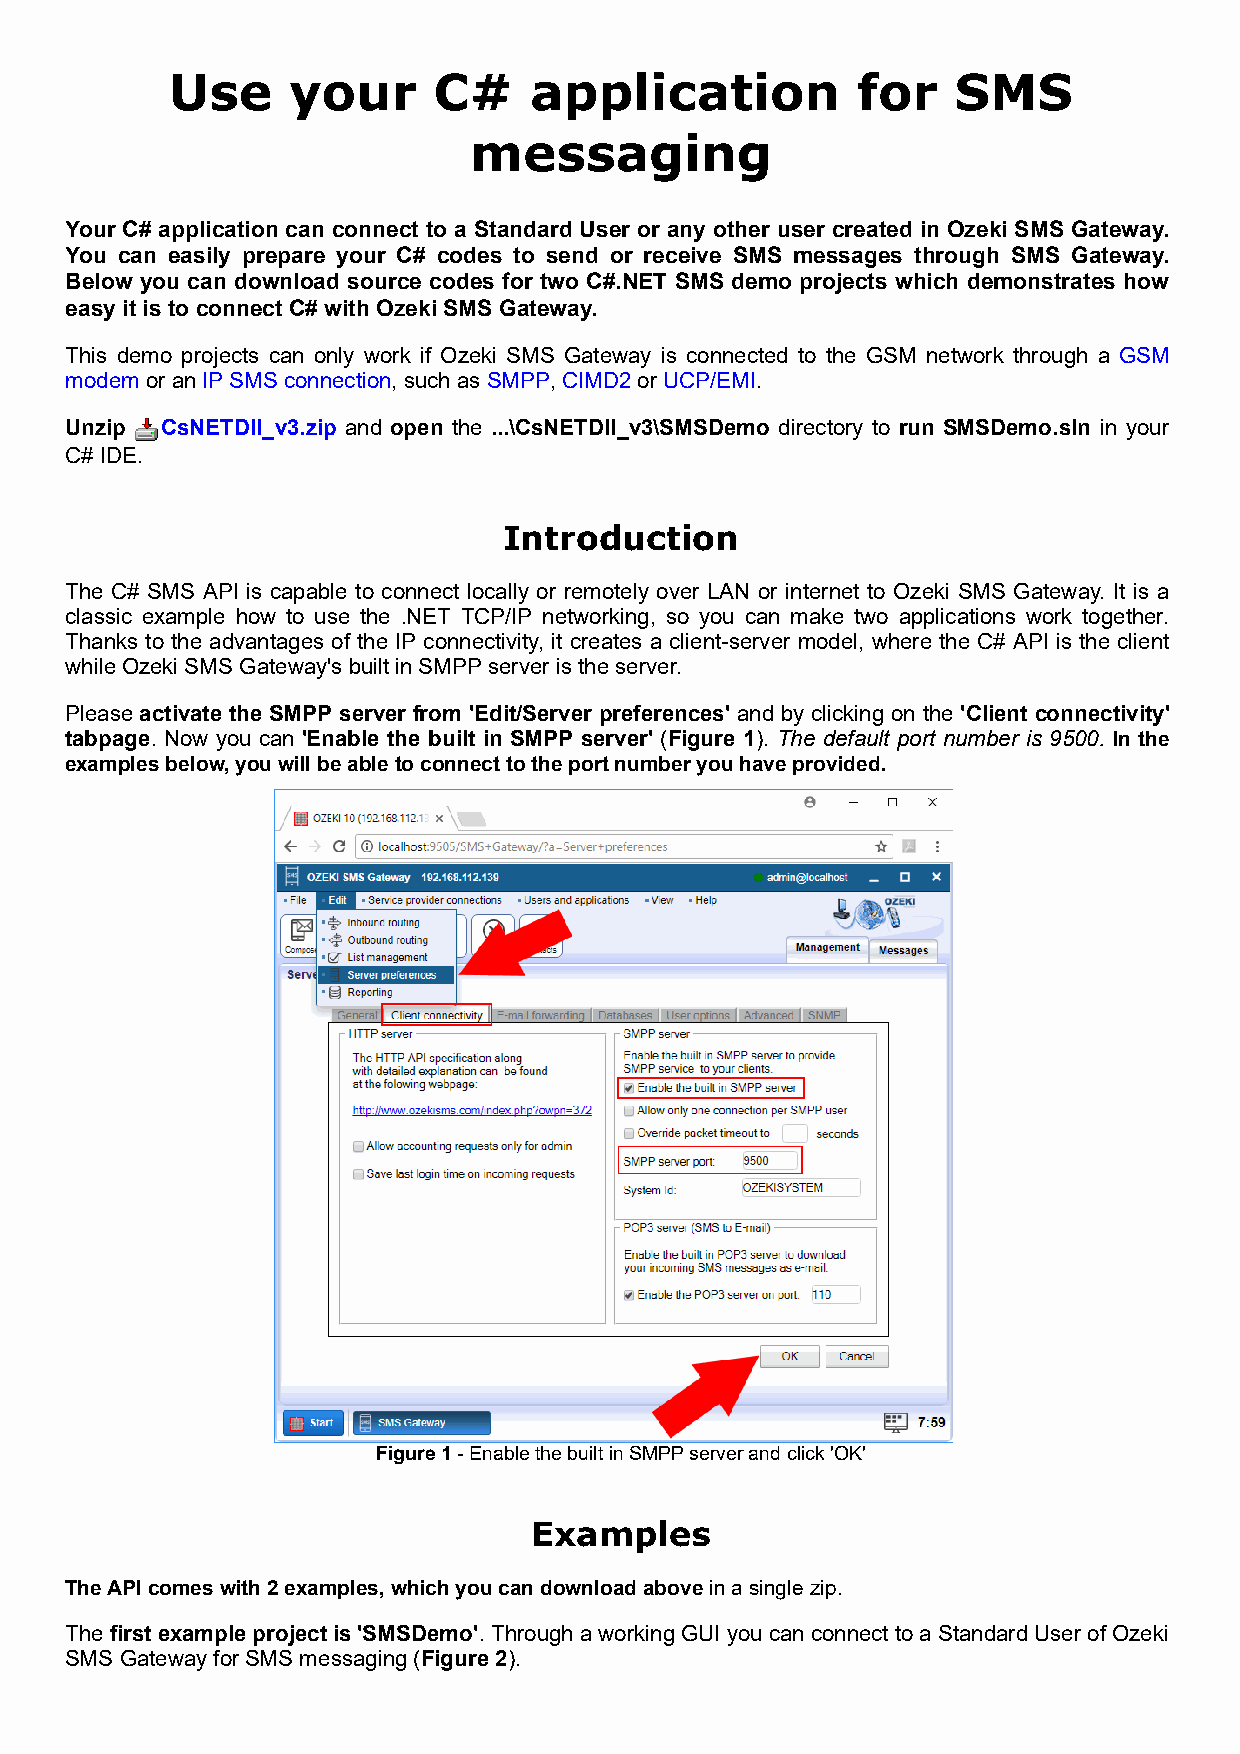
Use     your      C#    application           for   SMS
 messaging
 Your C# application can connect to a Standard User or any other user created in Ozeki SMS Gateway.
 You can easily prepare your C# codes to send or receive SMS messages through SMS Gateway.
 Below you can download source codes for two C#.NET SMS demo projects which demonstrates how
 easy it is to connect C# with Ozeki SMS Gateway.
 This demo projects can only work if Ozeki SMS Gateway is connected to the GSM network through a GSM
 modem or an IP SMS connection, such as SMPP, CIMD2 or UCP/EMI.
 Unzip  CsNETDll_v3.zip and open the ...\CsNETDll_v3\SMSDemo directory to run SMSDemo.sln in your
 C# IDE.
 Introduction
 The C# SMS API is capable to connect locally or remotely over LAN or internet to Ozeki SMS Gateway. It is a
 classic example how to use the .NET TCP/IP networking, so you can make two applications work together.
 Thanks to the advantages of the IP connectivity, it creates a client-server model, where the C# API is the client
 while Ozeki SMS Gateway's built in SMPP server is the server.
 Please activate the SMPP server from 'Edit/Server preferences' and by clicking on the 'Client connectivity'
 tabpage. Now you can 'Enable the built in SMPP server' (Figure 1). The default port number is 9500. In the
 examples below, you will be able to connect to the port number you have provided.
 Figure 1 - Enable the built in SMPP server and click 'OK'
 Examples
 The API comes with 2 examples, which you can download above in a single zip.
 The first example project is 'SMSDemo'. Through a working GUI you can connect to a Standard User of Ozeki
 SMS Gateway for SMS messaging (Figure 2).